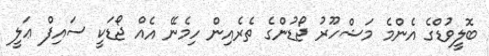
ބޮލީވުޑްގެ އެންމެ މަޝްހޫރު ޖޯޑުންގެ ތެރެއިން ހިމެނޭ އެއް ޖޯޑަކީ ސައިފް ޢަލީ